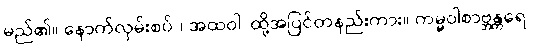
မည်၏။ နောက်လှမ်းစပ်၊) အထဝါ၊ ထို့အပြင်တနည်းကား။ ကမ္မဝါစာဗ္ဘန္တရေ၊